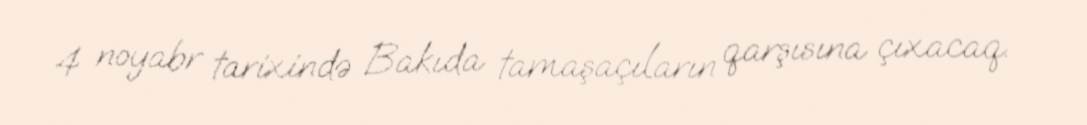
4 noyabr tarixində Bakıda tamaşaçıların qarşısına çıxacaq.